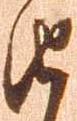
由